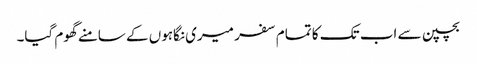
بچپن سے اب تک کا تمام سفر میری نگاہوں کے سامنے گھوم گیا۔